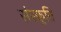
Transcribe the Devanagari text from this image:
संस्क्रूति